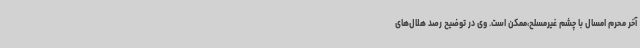
آخر محرم امسال با چشم غیرمسلح،ممکن است. وی در توضیح رصد هلال‌های